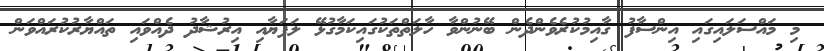
މި މައްސަލައިގައި އިންސާފު ގާއިމުކުރެވެންދެން ބޭނުންވާ ހާލަތްތަކުގައިކަމާގުޅޭ ލަފަޔާއި އިރުޝާދު ދެއްވައި ތައްޔާރުކުރައްވަން